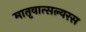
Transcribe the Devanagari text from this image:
मातृवात्सल्यरस